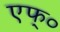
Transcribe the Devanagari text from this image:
एफ्०